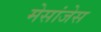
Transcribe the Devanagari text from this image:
मेसांजेस